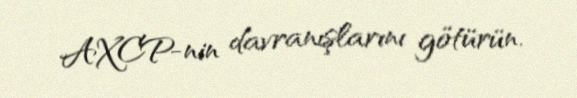
AXCP-nin davranışlarını götürün.